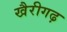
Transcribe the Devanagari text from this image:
खैरीगढ़